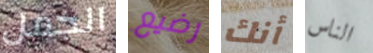
الجمل رضيع أنك الناس